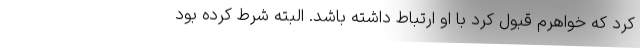
کرد که خواهرم قبول کرد با او ارتباط داشته باشد. البته شرط کرده بود